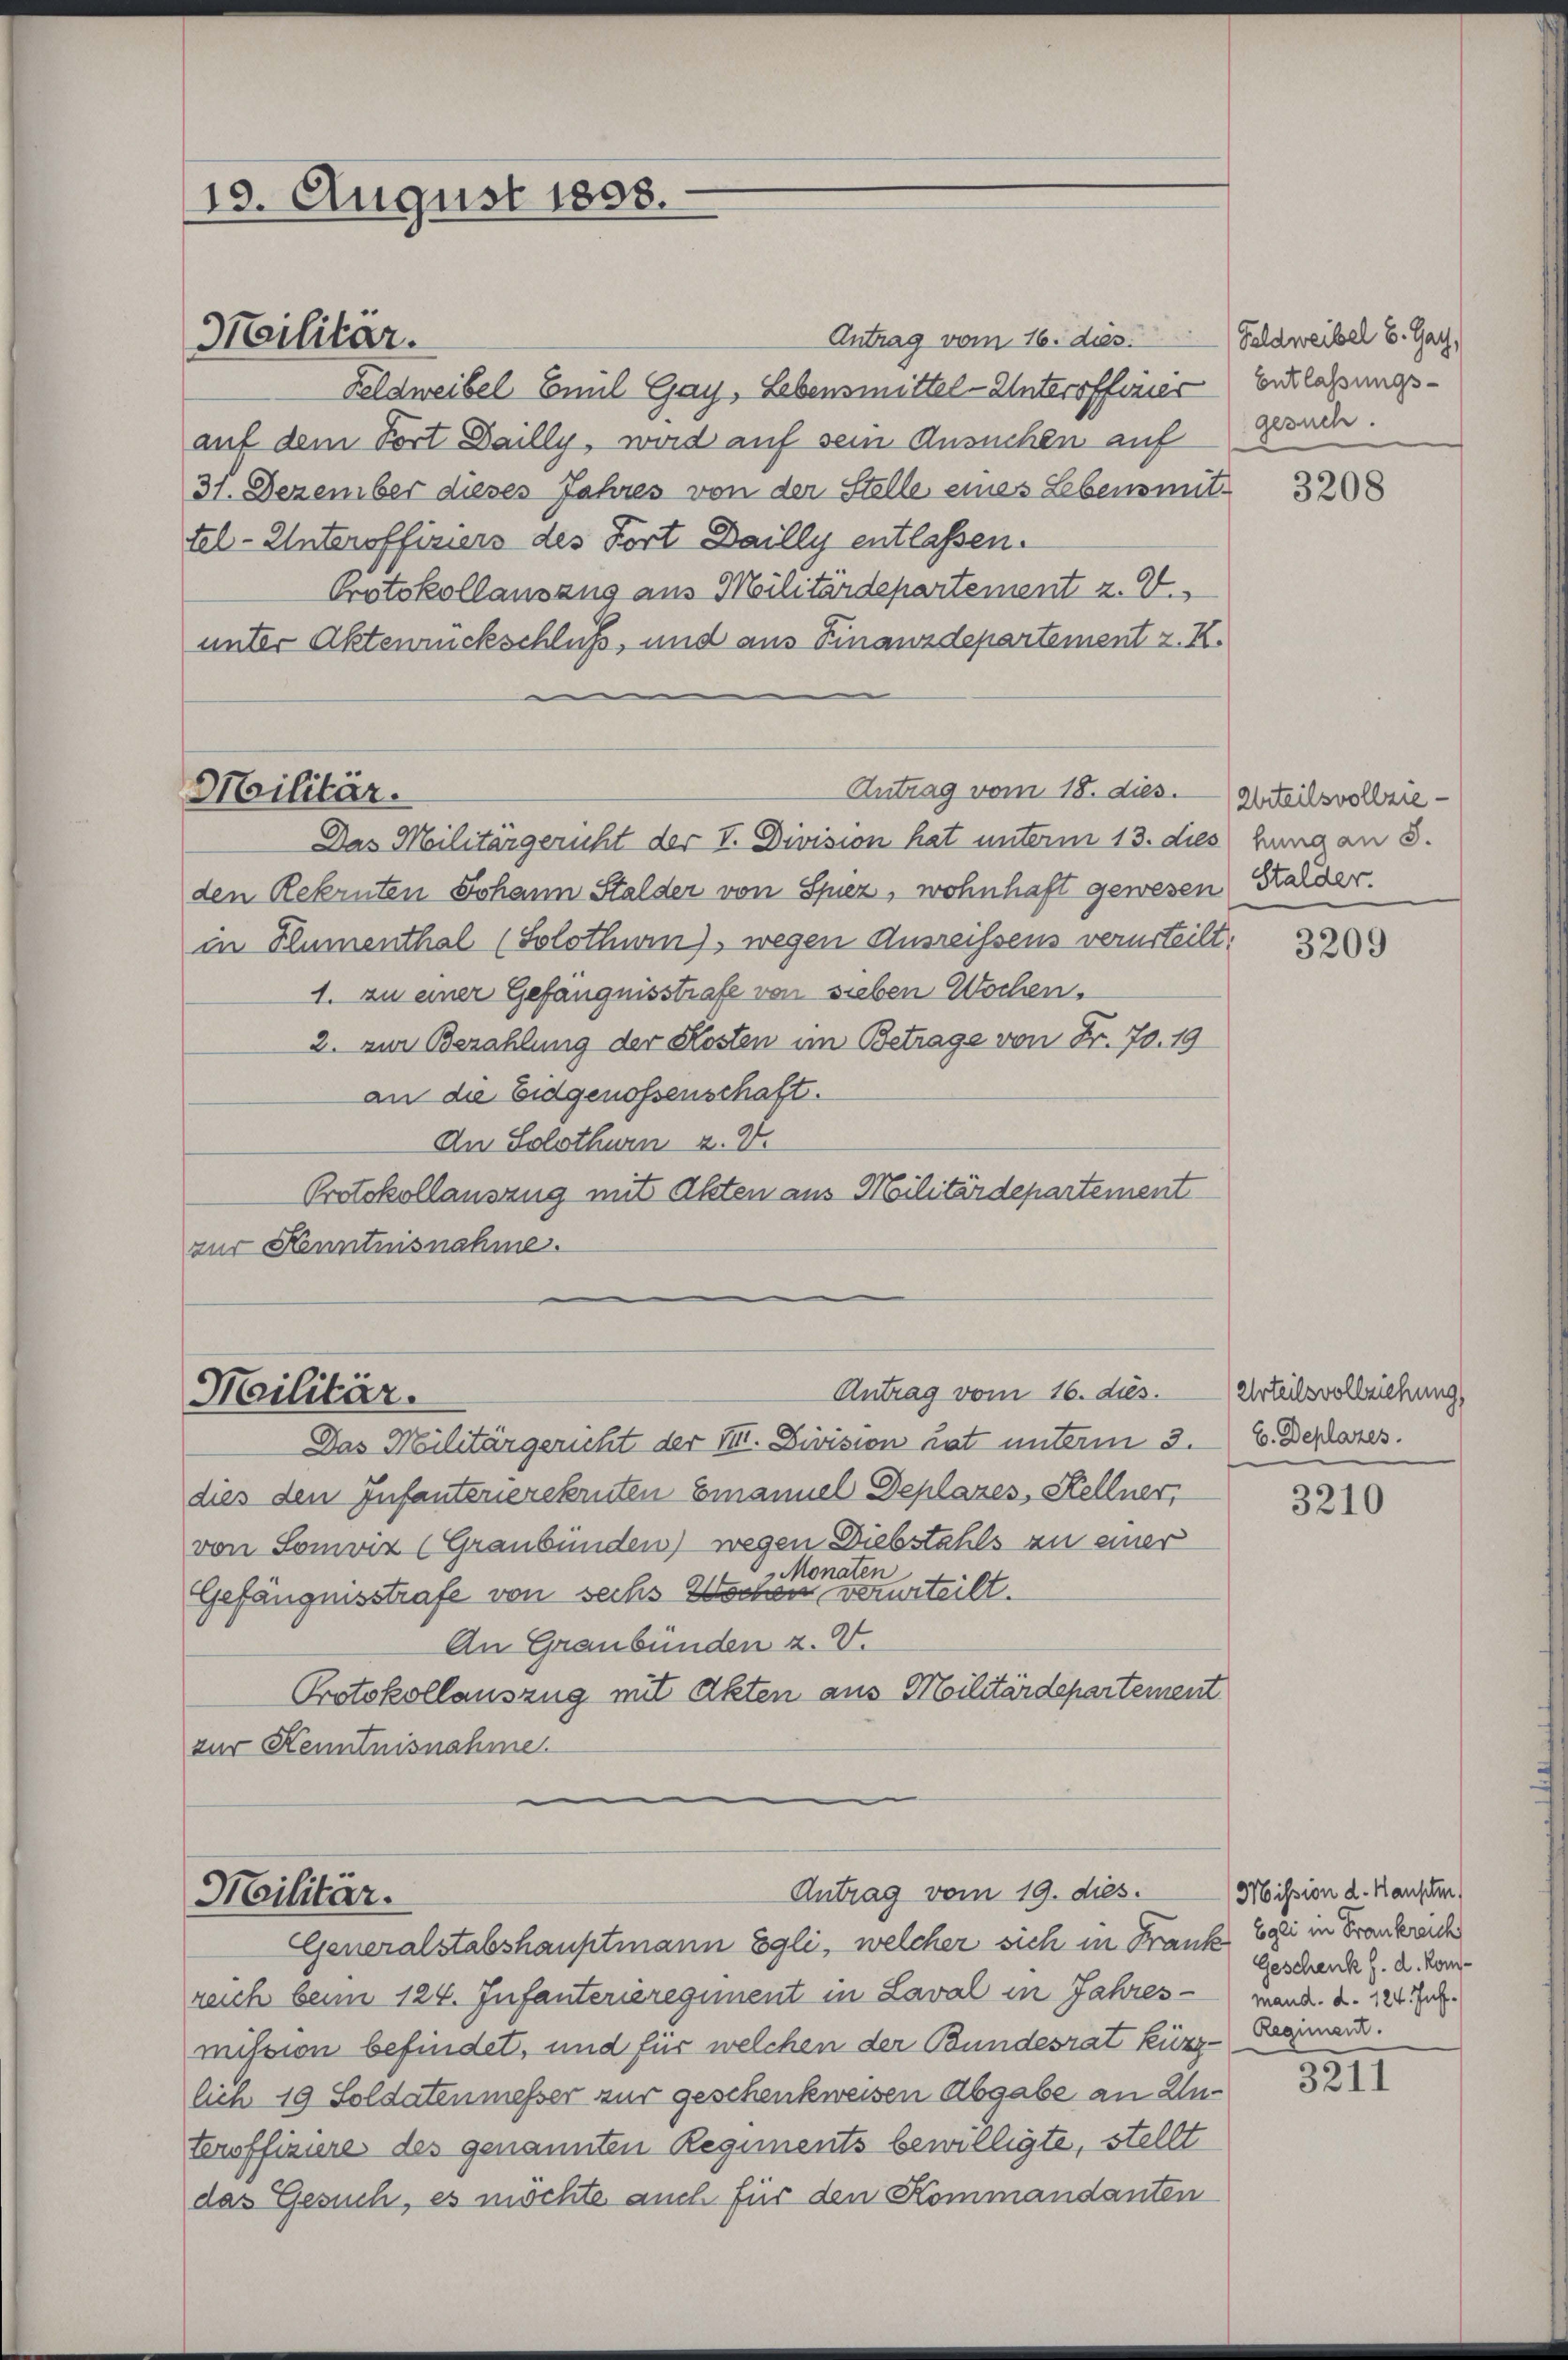
19. August 1858.

Antrag vom 16. dies
Feldweibel Emil Gay, Lebensmittel-Unterofferier
auf dem Fort Dailly, wird auf sein Ansuchen auf
31. Dezember dieses Jahres von der Stelle eines Lebensmittel-Unteroffiziers des Fort Dailly entlassen.
Protokollauszug aus Militärdepartement z. V.
unter Aktenrückschluß, und aus Finanzdepartement z. K.

Militär.

Das Militärgericht der V. Division hat unterm 13. dies hung an 8.
den Rekruten Johann Stalder von Spiez, wohnhaft gewesen Stalder.
in Flumenthal (Solothuin), wegen Ausreissens verurteilt.
1. zu einer Gefängnisstrafe von sieben Wochen,
2. zur Bezahlung der Kosten im Betrage von Fr. 70. 19
an die Eidgenossenschaft.
An Solothurn a. V.
Protokollauszug mit Akten aus Militärdepartement
zur Kenntnisnahme.

Militär.
Antrag vom 18. dies. (Abteilsvollzie¬

Militär.

Antrag vom 16. ds.

Das Militärgericht der III. Division hat unterm 3.
dies den Infanterierekruten Emanuel Deplazes, Kellner,
von Somviz (Graubünden) wegen Diebstahls an einer
Monaten
Gefängnisstrafe von sechs Wochen verurteilt.
An Graubünden z. V.
Protokollauszug mit Akten aus Militärdepartement
zur Kenntnisnahme.

Antrag vom 19. dies.
Militär.
Generalstabshauptmann Egli, welcher sich in Frank Egli in Frankreich

reich beim 124. Infanterieregiment in Laval in Jahres - mand. d. 124. Jul
mission befindet, und für welchen der Bundesrat kürz- Regiment.
lich 19 Soldatenmesser zur geschenkweisen Abgabe an Unteroffiziere des genannten Regiments bewilligte, stellt
das Gesuch, es möchte auch für den Kommandanten

Feldweibel u. Gach.
Entlassungs-
gesuch.

3208

3209

Urteilsvollziehung,
E. Deplazes.

3210

(Mission d. Kauften)
Geschenk h. d. Kom¬

3211